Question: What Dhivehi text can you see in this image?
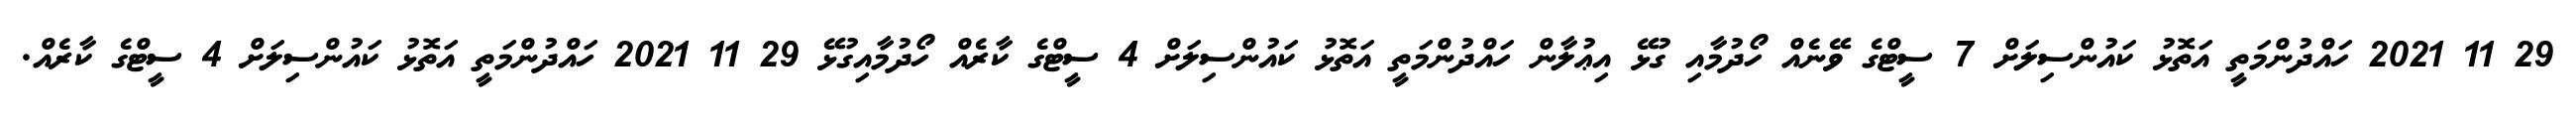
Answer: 29 11 2021 ހައްދުންމަތީ އަތޮޅު ކައުންސިލަށް 7 ސީޓްގެ ވޭނެއް ހޯދުމާއި ގުޅޭ އިޢުލާން ހައްދުންމަތީ އަތޮޅު ކައުންސިލަށް 4 ސީޓްގެ ކާރެއް ހޯދުމާއިގުޅޭ 29 11 2021 ހައްދުންމަތީ އަތޮޅު ކައުންސިލަށް 4 ސީޓްގެ ކާރެއް.